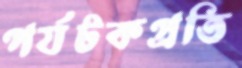
পর্যটকপ্রতি